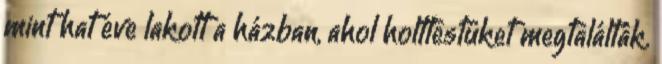
mint hat éve lakott a házban, ahol holttestüket megtalálták.